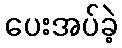
ပေးအပ်ခဲ့